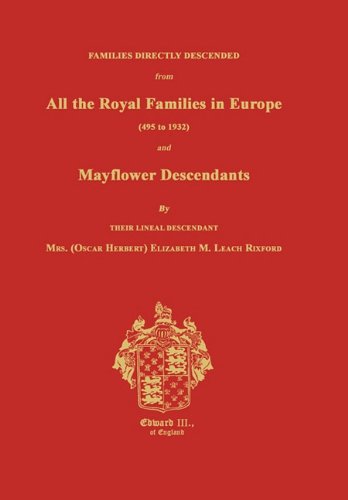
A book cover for Families Directly Descended From All the Royal Families in Europe (495 to 1932) and Mayflower Descendants; Elizabeth M. Rixford; Biographies & Memoirs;